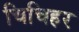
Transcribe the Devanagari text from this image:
चिचिहर